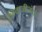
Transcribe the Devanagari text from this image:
शिवाजीनंतर